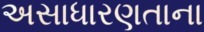
અસાધારણતાના